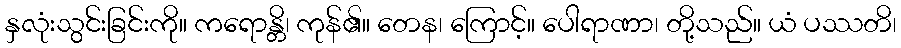
နှလုံးသွင်းခြင်းကို။ ကရောန္တိ၊ ကုန်၏။ တေန၊ ကြောင့်။ ပေါရာဏာ၊ တို့သည်။ ယံ ပဿတိ၊